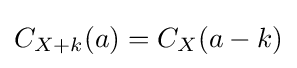
{\textstyle C_{X+k}(a)=C_{X}(a-k)}